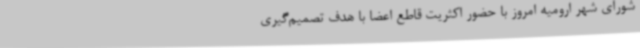
شورای شهر ارومیه امروز با حضور اکثریت قاطع اعضا با هدف تصمیم‌گیری